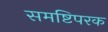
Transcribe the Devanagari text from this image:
समष्टिपरक